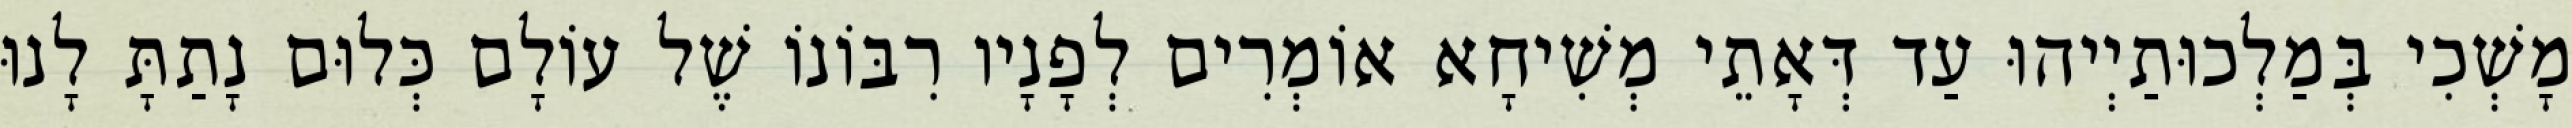
מָשְׁכִי בְּמַלְכוּתַיְיהוּ עַד דְּאָתֵי מְשִׁיחָא אוֹמְרִים לְפָנָיו רִבּוֹנוֹ שֶׁל עוֹלָם כְּלוּם נָתַתָּ לָנוּ